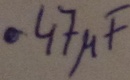
Text: .47µF